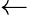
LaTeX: \leftarrow